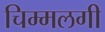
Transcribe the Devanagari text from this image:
चिम्मलगी